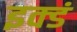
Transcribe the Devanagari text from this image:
इक्डं